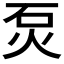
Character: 𤇈